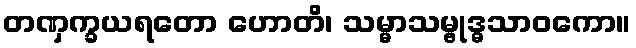
တဏှက္ခယရတော ဟောတိ၊ သမ္မာသမ္ဗုဒ္ဓသာဝကော။